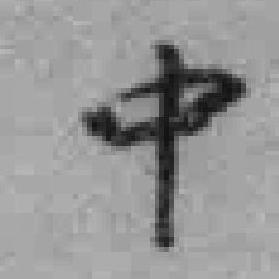
中